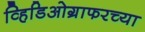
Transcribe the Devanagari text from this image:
व्हिडिओग्राफरच्या